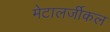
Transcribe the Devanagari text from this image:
मेटालर्जीकल